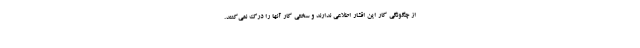
از چگونگی کار این اقشار اطلاعی ندارند و سختی کار آنها را درک نمی‌کنند.